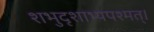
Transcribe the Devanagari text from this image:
शभुदृशाभ्यपश्मत्।